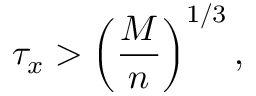
\tau _ { x } > \left( \frac { M } { n } \right) ^ { 1 / 3 } ,